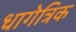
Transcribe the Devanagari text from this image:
धागेत्रिक